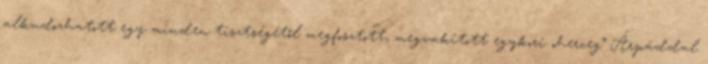
alkudozhatott egy minden tisztségétől megfosztott, megvakított egykori „herceg” Árpáddal